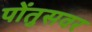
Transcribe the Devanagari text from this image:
पोंतुसवर